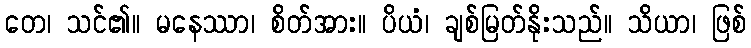
တေ၊ သင်၏။ မနေဿာ၊ စိတ်အား။ ပိယံ၊ ချစ်မြတ်နိုးသည်။ သိယာ၊ ဖြစ်